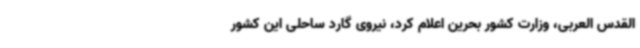
القدس العربی، وزارت کشور بحرین اعلام کرد، نیروی گارد ساحلی این کشور